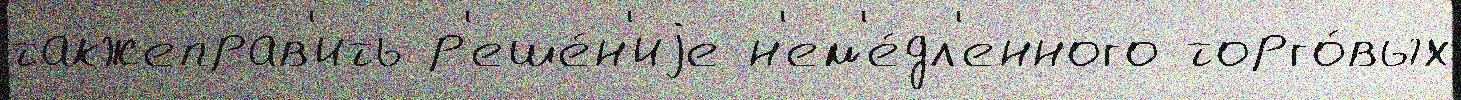
такжеправ'ить р'еше́н'иjе н'ем'е́дл'енного торго́вых